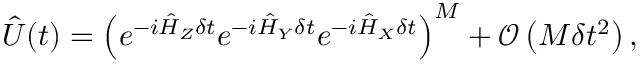
\begin{array} { r } { \hat { U } ( t ) = \left( e ^ { - i \hat { H } _ { Z } \delta t } e ^ { - i \hat { H } _ { Y } \delta t } e ^ { - i \hat { H } _ { X } \delta t } \right) ^ { M } + { \mathcal O } \left( M \delta t ^ { 2 } \right) , } \end{array}